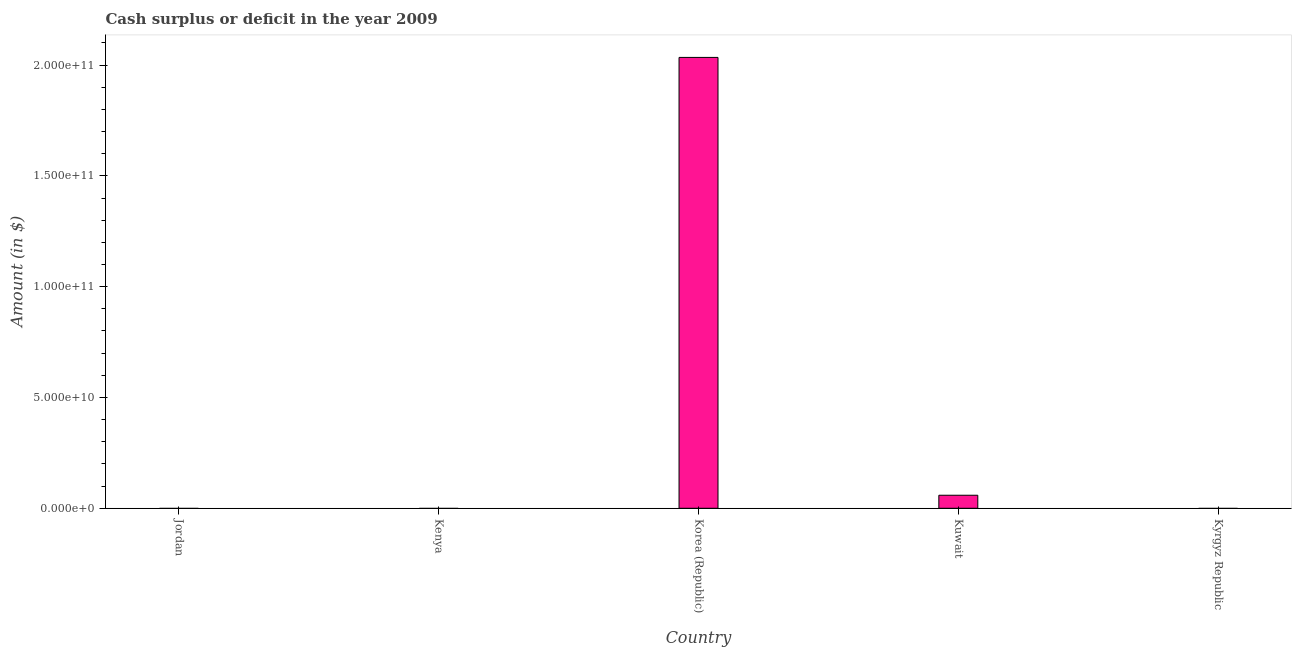
| Country | Cash surplus or deficit |
 | --- | --- |
 | Jordan | -1.51e+09 |
 | Kenya | -1.26e+11 |
 | Korea (Republic) | 2.03e+11 |
 | Kuwait | 5.88e+09 |
 | Kyrgyz Republic | -2.65e+09 |